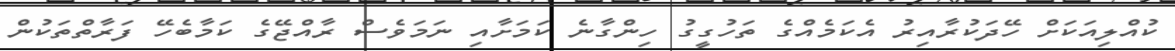
ކުއްލިއަކަށް ހޭދަކުރާއިރު އެކަމެއްގެ ތަހުގީގު ހިންގާނެ ކަމަށާއި ނަމަވެސް ރާއްޖޭގެ ކަމާބެހޭ ފަރާތްތަކުން